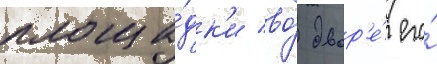
площа́дк'и во́ двор'е́ его́